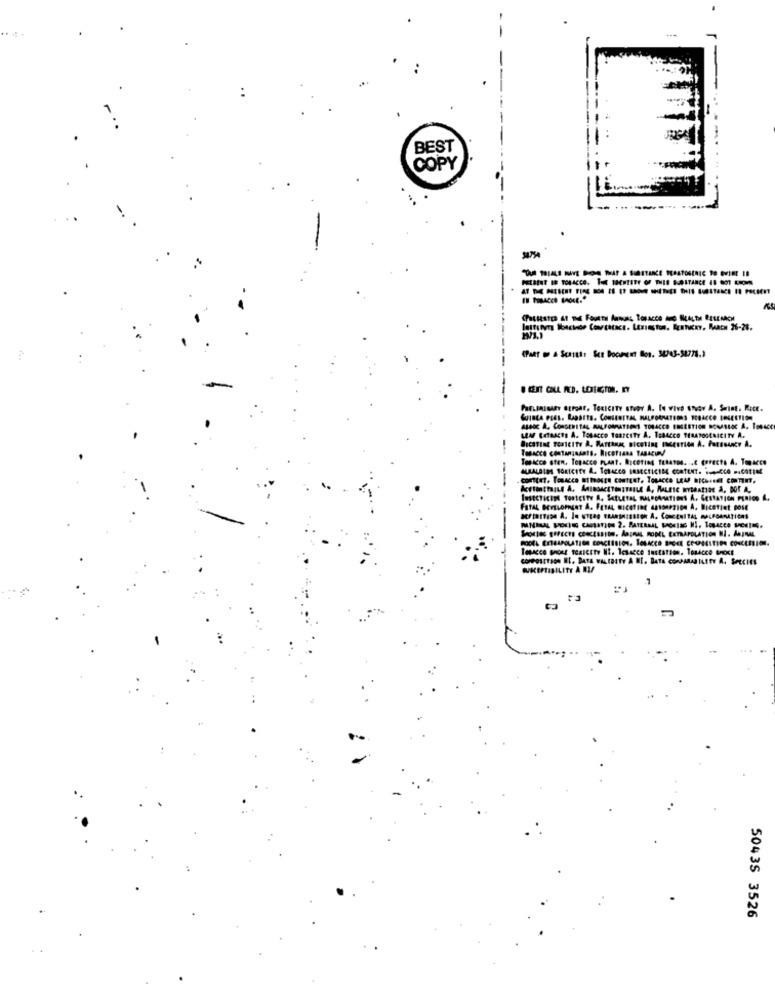
BEST
COPY
lattervr Bouchon Contatacı. Lexington, Mahexy. MARCH 26-28.
Quinta eges. Rapatts. Conscertas MALFORMATIONS PCRACCO ENGESTION
ALBOc A, CONGENITAL MALFORMATIONS TOBACCO ENGESTION DOMASIOC A, TOBACCO
LEM EXTRACTS A. TOBACCO TORICITY A. TOBACCO TERATOGENICITY A.
Tesscce contanzadats. RICOTIANA TABACUMÝ
Tenscco sten, Topacco pymat. Ricoting falamos. .. € porects A. Tomarce
MURALSIN BOKICITY A. TORACCO BASECTICIDE CONTENT. .. CO PICOTIM
-
Sportes EFFECTS CONCESSION. ARURAL RODEL EXTRAPOLATION NI. ANIMAL
Tesseco shoes ToxicITY NI. lesacco tustarson. Tosacco ext
---
COMPOSITION BI. BATA WALIBITY A MI. BATA COMPARABILITY A. SPECIES
SKEPTIBILITY A BU
50435 3526